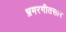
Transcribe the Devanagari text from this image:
भ्रमरगीतसार